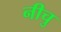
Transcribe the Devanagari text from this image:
नीचु